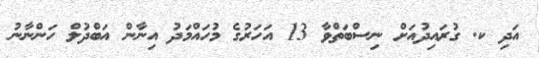
އަދި ކ. ގުރައިދުއަށް ނިސްބަތްވާ 13 އަހަރުގެ މުހައްމަދު އިނާން އަބްދުލް ހަންނާނު